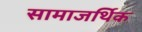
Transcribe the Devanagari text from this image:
सामाजर्थिक